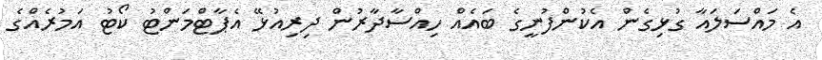
އެ މައްސަލައާ ގުޅިގެން އެކުންފުނީގެ ބައެއް ހިއްސާދާރުން ދިރިއުޅޭ އެޕާޓްމަންޓު ކޯޓު އަމުރެއްގެ